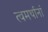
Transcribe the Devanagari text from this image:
त्वमर्थानां